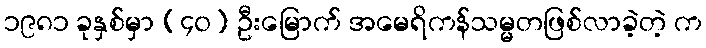
၁၉၈၁ ခုနှစ်မှာ (၄၀) ဦးမြောက် အမေရိကန်သမ္မတဖြစ်လာခဲ့တဲ့ က